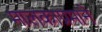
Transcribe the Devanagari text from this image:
मालकाप्रमाने